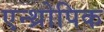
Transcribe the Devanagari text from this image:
एन्थ्रोपिक